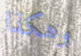
وهكذا